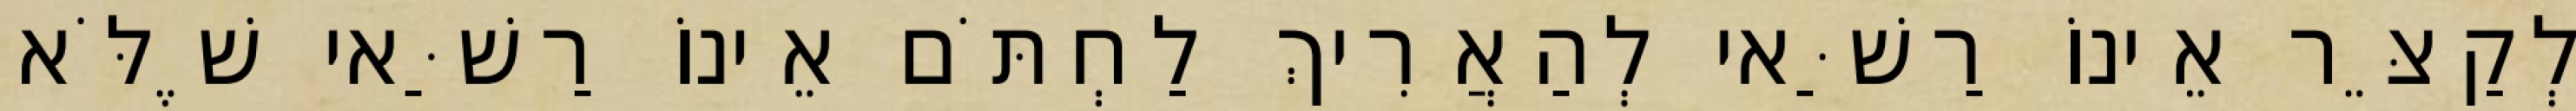
לְקַצֵּר אֵינוֹ רַשַּׁאי לְהַאֲרִיךְ לַחְתֹּם אֵינוֹ רַשַּׁאי שֶׁלֹּא